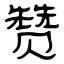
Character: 赞